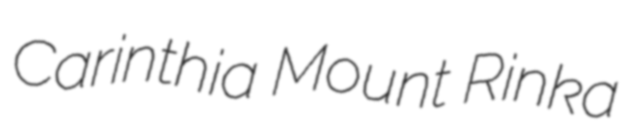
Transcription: Carinthia Mount Rinka